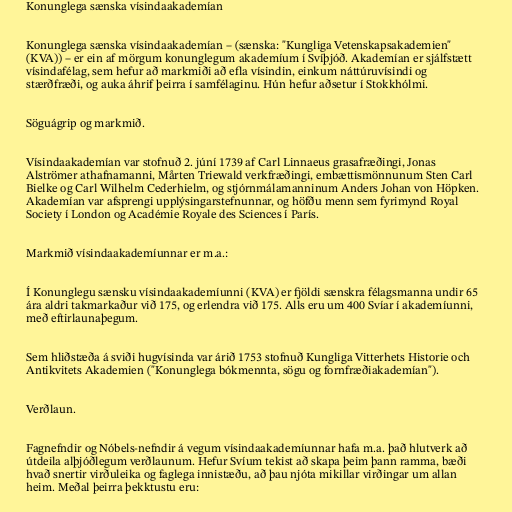
Konunglega sænska vísindaakademían

Konunglega sænska vísindaakademían – (sænska: "Kungliga Vetenskapsakademien"
(KVA)) – er ein af mörgum konunglegum akademíum í Svíþjóð. Akademían er sjálfstætt
vísindafélag, sem hefur að markmiði að efla vísindin, einkum náttúruvísindi og
stærðfræði, og auka áhrif þeirra í samfélaginu. Hún hefur aðsetur í Stokkhólmi.

Söguágrip og markmið.

Vísindaakademían var stofnuð 2. júní 1739 af Carl Linnaeus grasafræðingi, Jonas
Alströmer athafnamanni, Mårten Triewald verkfræðingi, embættismönnunum Sten Carl
Bielke og Carl Wilhelm Cederhielm, og stjórnmálamanninum Anders Johan von Höpken.
Akademían var afsprengi upplýsingarstefnunnar, og höfðu menn sem fyrimynd Royal
Society í London og Académie Royale des Sciences í París.

Markmið vísindaakademíunnar er m.a.:

Í Konunglegu sænsku vísindaakademíunni (KVA) er fjöldi sænskra félagsmanna undir 65
ára aldri takmarkaður við 175, og erlendra við 175. Alls eru um 400 Svíar í akademíunni,
með eftirlaunaþegum.

Sem hliðstæða á sviði hugvísinda var árið 1753 stofnuð Kungliga Vitterhets Historie och
Antikvitets Akademien ("Konunglega bókmennta, sögu og fornfræðiakademían").

Verðlaun.

Fagnefndir og Nóbels-nefndir á vegum vísindaakademíunnar hafa m.a. það hlutverk að
útdeila alþjóðlegum verðlaunum. Hefur Svíum tekist að skapa þeim þann ramma, bæði
hvað snertir virðuleika og faglega innistæðu, að þau njóta mikillar virðingar um allan
heim. Meðal þeirra þekktustu eru: